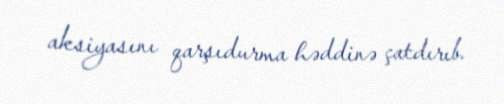
aksiyasını qarşıdurma həddinə çatdırıb.